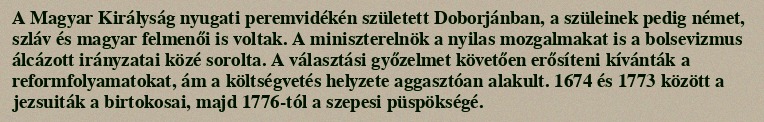
A Magyar Királyság nyugati peremvidékén született Doborjánban, a szüleinek pedig német, szláv és magyar felmenői is voltak. A miniszterelnök a nyilas mozgalmakat is a bolsevizmus álcázott irányzatai közé sorolta. A választási győzelmet követően erősíteni kívánták a reformfolyamatokat, ám a költségvetés helyzete aggasztóan alakult. 1674 és 1773 között a jezsuiták a birtokosai, majd 1776-tól a szepesi püspökségé.